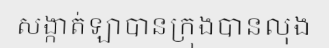
សង្កាត់ឡាបានក្រុងបានលុង